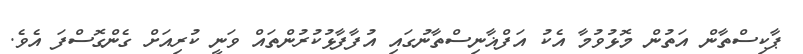
ޕާކިސްތާން އަތުން މޮޅުވުމާ އެކު އަފްޣާނިސްތާނުގައި އުފާފާޅުކުރުންތައް ވަނީ ކުރިއަށް ގެންގޮސްފަ އެވެ.